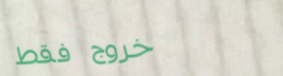
خروج فقط